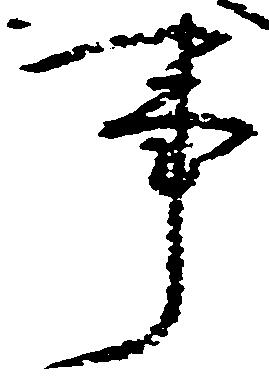
事